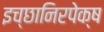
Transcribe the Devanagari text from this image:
इच्छानिरपेक्ष